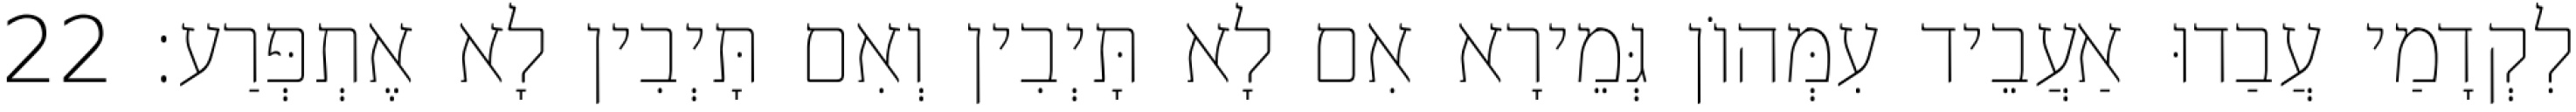
לִקְדָמַי עֲבַדוּ אַעֲבֵיד עִמְּהוֹן גְּמֵירָא אִם לָא תָּיְבִין וְאִם תָּיְבִין לָא אֶתְפְּרַע׃ 22